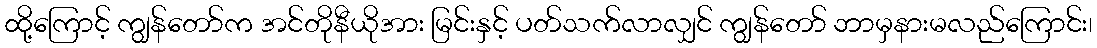
ထို့ကြောင့် ကျွန်တော်က အင်တိုနီယိုအား မြင်းနှင့် ပတ်သက်လာလျှင် ကျွန်တော် ဘာမှနားမလည်ကြောင်း၊